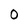
Character: 0